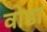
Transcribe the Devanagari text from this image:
वोडा